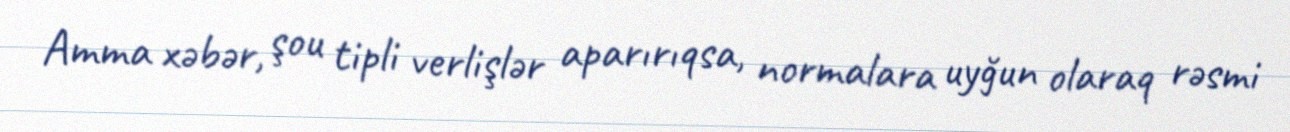
Amma xəbər, şou tipli verlişlər aparırıqsa, normalara uyğun olaraq rəsmi